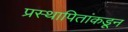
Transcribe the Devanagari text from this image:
प्रस्थापितांकडून